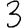
Digit: 3